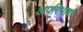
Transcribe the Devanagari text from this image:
अपरिभाषा